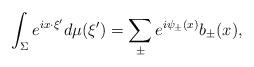
LaTeX: \begin{align*} \int_\Sigma e^{ix\cdot \xi'} d\mu(\xi') = \sum_{\pm} e^{i\psi_\pm(x)}b_\pm(x),\end{align*}